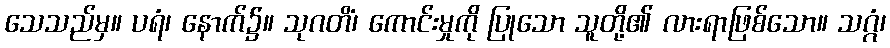
သေသည်မှ။ ပရံ၊ နောက်၌။ သုဂတိံ၊ ကောင်းမှုကို ပြုသော သူတို့၏ လားရာဖြစ်သော။ သဂ္ဂံ၊